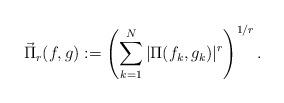
LaTeX: \begin{align*}\vec{\Pi}_{r}(f, g):=\left( \sum_{k=1}^N |\Pi(f_k, g_k)|^r \right)^{1/r}.\end{align*}